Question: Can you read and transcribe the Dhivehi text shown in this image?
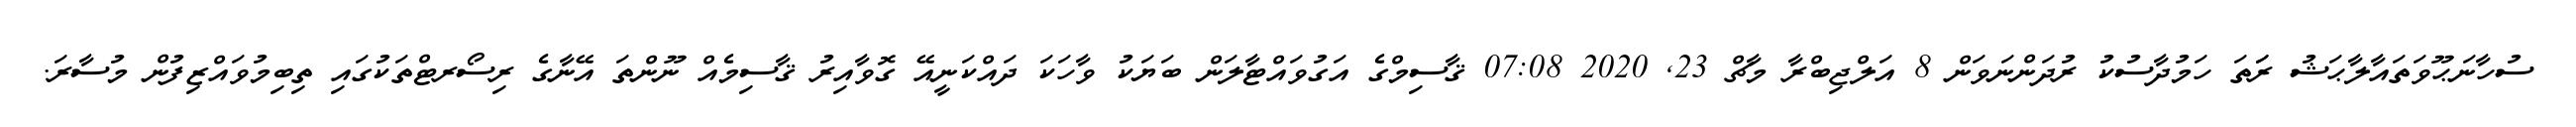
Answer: ސުހާނަޙޫވަތައާލާޙަޝު ރަަތަ ހަމުދާސުކު ރުދަންނަވަން 8 އަލްޖިބްރާ މާޗް 23, 2020 07:08 ޤާސިމްގެ އަގުވައްޓާލަން ބަޔަކު ވާހަކަ ދައްކަނީއޭ ގޮވާއިރު ޤާސިމެއް ނޫންތަ އޭނާގެ ރިސޯރޓްތަކުގައި ތިބިމުވައްޒިފުން މުސާރަ.